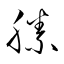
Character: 縢